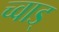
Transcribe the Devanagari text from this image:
च्वाड्